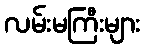
လမ်းမကြီးများ